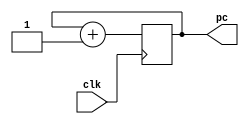
module pc(clk, pc);
    input clk;
    output reg [7:0] pc;

    initial begin
        pc <= 8'b11111111;
    end

    always @(posedge clk) begin
        pc <= pc + 1;
    end
endmodule